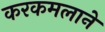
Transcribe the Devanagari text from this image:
करकमलाने